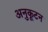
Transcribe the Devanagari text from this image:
अनुकूटन